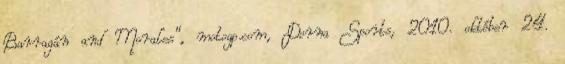
Barragán and Morales”, motogp.com, Dorna Sports, 2010. október 24.